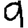
Digit: 9